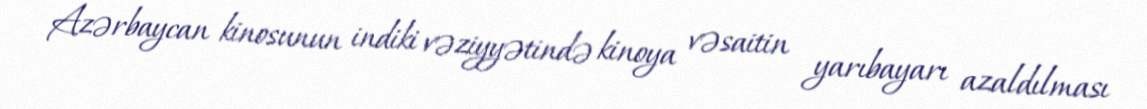
Azərbaycan kinosunun indiki vəziyyətində kinoya vəsaitin yarıbayarı azaldılması